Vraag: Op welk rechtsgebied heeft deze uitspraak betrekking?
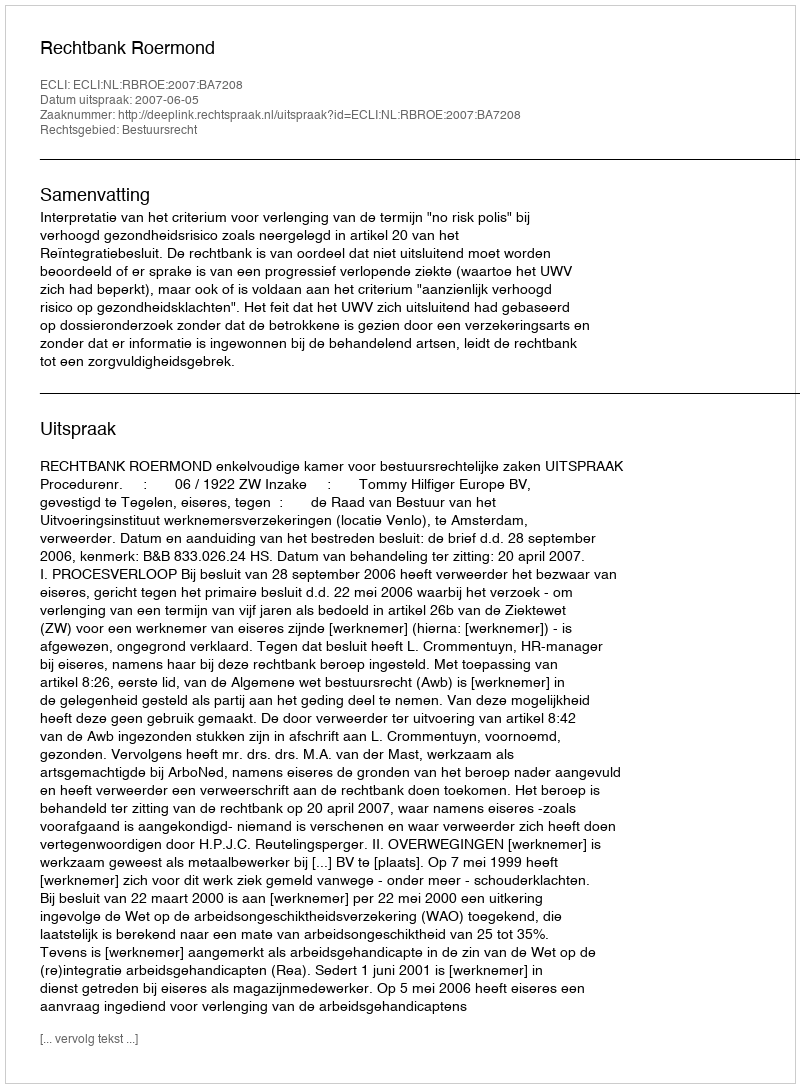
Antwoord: Bestuursrecht